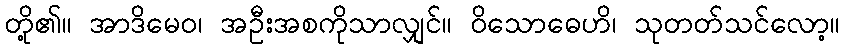
တို့၏။ အာဒိမေဝ၊ အဦးအစကိုသာလျှင်။ ဝိသောဓေဟိ၊ သုတတ်သင်လော့။